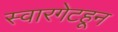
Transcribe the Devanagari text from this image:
स्वारगेटहून